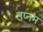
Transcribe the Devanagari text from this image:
उप्नम